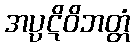
အပ္ပဋိဝိဘတ္တံ